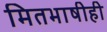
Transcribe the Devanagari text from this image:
मितभाषीही